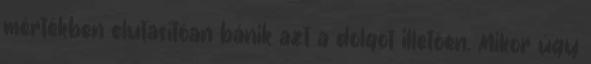
mértékben elutasítóan bánik azt a dolgot illetően. Mikor úgy